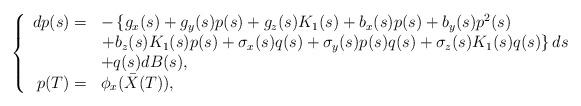
LaTeX: \begin{align*}\left\{\begin{array}[c]{rl}dp(s)= & -\left\{ g_{x}(s)+g_{y}(s)p(s)+g_{z}(s)K_{1}(s)+b_{x}(s)p(s)+b_{y}(s)p^{2}(s)\right. \\& \left. +b_{z}(s)K_{1}(s)p(s)+\sigma_{x}(s)q(s)+\sigma_{y}(s)p(s)q(s)+\sigma_{z}(s)K_{1}(s)q(s)\right\} ds\\&+q(s)dB(s),\\p(T)= & \phi_{x}(\bar{X}(T)),\end{array}\right. \end{align*}